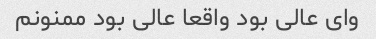
وای عالی بود واقعا عالی بود ممنونم